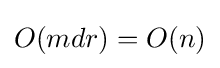
O(mdr)=O(n)